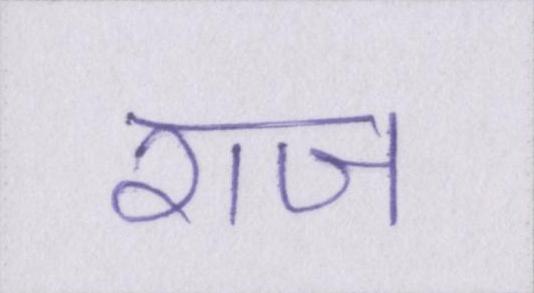
राज